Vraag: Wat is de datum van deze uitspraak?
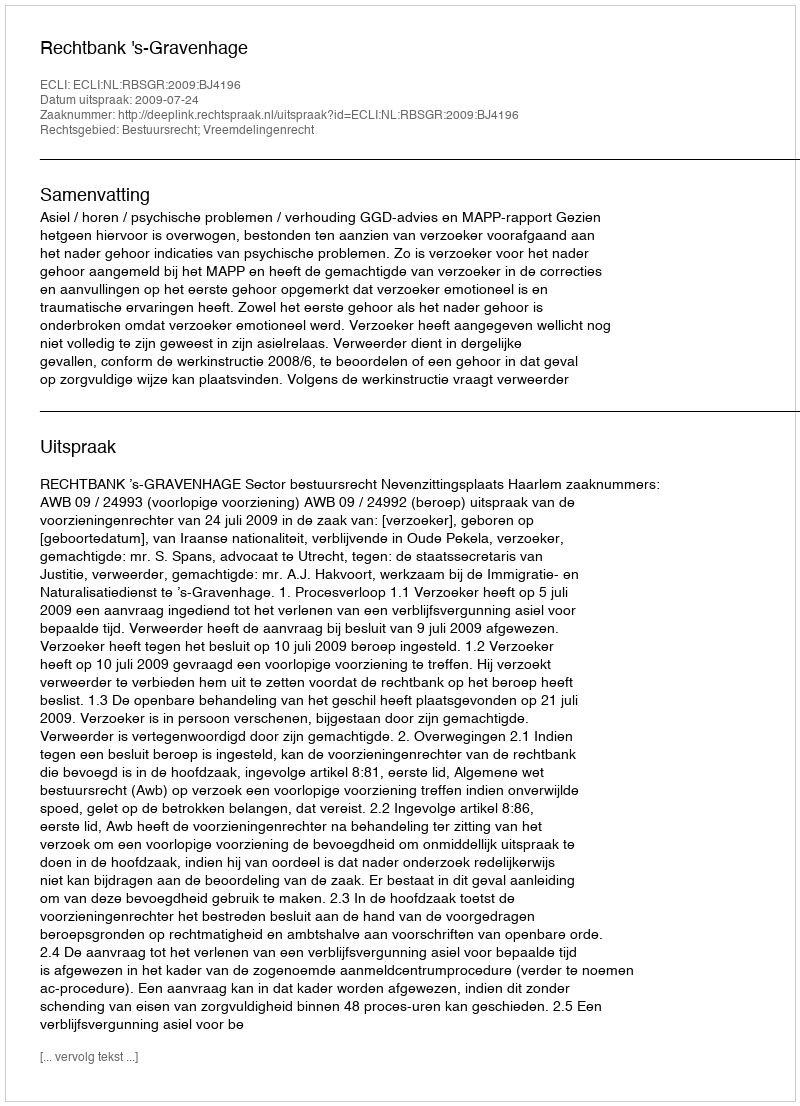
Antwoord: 2009-07-24